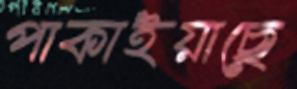
পাকাইয়াছে